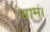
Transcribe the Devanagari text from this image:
चामं।